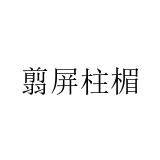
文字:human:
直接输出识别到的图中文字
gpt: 翦屏柱楣